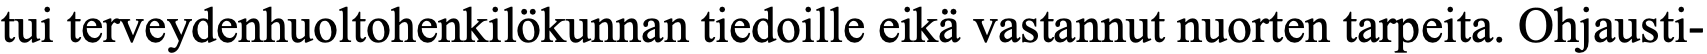
tui terveydenhuoltohenkilökunnan tiedoille eikä vastannut nuorten tarpeita. Ohjausti-